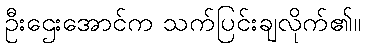
ဦးဌေးအောင်က သက်ပြင်းချလိုက်၏။